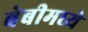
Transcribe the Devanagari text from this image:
बेबीमध्ये